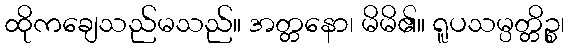
ထိုကချေသည်မသည်။ အတ္တနော၊ မိမိ၏။ ရူပသမ္ပတ္တိဉ္စ၊